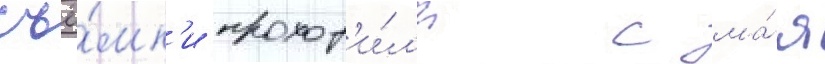
съё́мк'и проход'и́л'и с ма́я